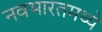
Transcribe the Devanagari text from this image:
नवभारतमध्ये